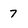
Character: 7